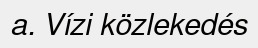
a. Vízi közlekedés